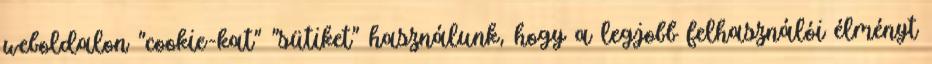
weboldalon "cookie-kat" "sütiket" használunk, hogy a legjobb felhasználói élményt